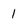
Character: 1